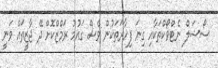
ސޯޝަލް ނެޓްވޯކްތަކާއި ގިނަ ފިހާރަތަކުން ވެސް ގައުމު ރަމްޒްކޮށް ދޭ ޖާޒީތައް ވަނީ